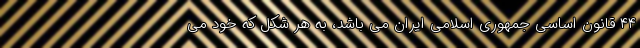
۴۴ قانون اساسی جمهوری اسلامی ایران می ‌باشد، به هر شکل که خود می